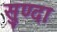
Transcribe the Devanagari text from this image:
सुण्दा